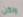
ولكن